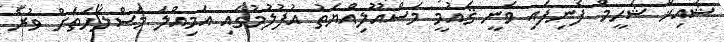
ޝައިޚް ޝަހީމް ފެނިފައި ވަނީ ޤައުމީ މަސްއޫލިއްޔަތު އުފުލުމުގައި އަމިއްލަ މަސްލަހަތަށް ވުރެ